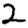
Digit: 2